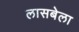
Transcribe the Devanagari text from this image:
लासबेला